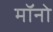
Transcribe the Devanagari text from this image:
मॉनो